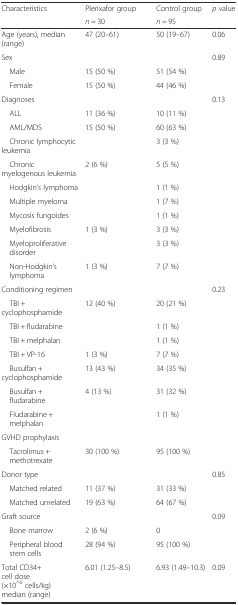
| <ROWSPAN=2> Characteristics | Plerixafor group | Control group | <ROWSPAN=2> p value |
 | n = 30 | n = 95 |
 | --- | --- | --- | --- |
 | Age (years), median (range) | 47 (20–61) | 50 (19–67) | 0.06 |
 | <COLSPAN=3> Sex | 0.89 |
 | Male | 15 (50 %) | 51 (54 %) |  |
 | Female | 15 (50 %) | 44 (46 %) |  |
 | <COLSPAN=3> Diagnoses | 0.13 |
 | ALL | 11 (36 %) | 10 (11 %) | <ROWSPAN=10>  |
 | AML/MDS | 15 (50 %) | 60 (63 %) |
 | Chronic lymphocytic leukemia |  | 3 (3 %) |
 | Chronic myelogenous leukemia | 2 (6 %) | 5 (5 %) |
 | Hodgkin’s lymphoma |  | 1 (1 %) |
 | Multiple myeloma |  | 1 (7 %) |
 | Mycosis fungoides |  | 1 (1 %) |
 | Myelofibrosis | 1 (3 %) | 3 (3 %) |
 | Myeloproliferative disorder |  | 3 (3 %) |
 | Non-Hodgkin’s lymphoma | 1 (3 %) | 7 (7 %) |
 | <COLSPAN=3> Conditioning regimen | 0.23 |
 | TBI + cyclophosphamide | 12 (40 %) | 20 (21 %) | <ROWSPAN=7>  |
 | TBI + fludarabine |  | 1 (1 %) |
 | TBI + melphalan |  | 1 (1 %) |
 | TBI + VP-16 | 1 (3 %) | 7 (7 %) |
 | Busulfan + cyclophosphamide | 13 (43 %) | 34 (35 %) |
 | Busulfan + fludarabine | 4 (13 %) | 31 (32 %) |
 | Fludarabine + melphalan |  | 1 (1 %) |
 | <COLSPAN=4> GVHD prophylaxis |
 | Tacrolimus + methotrexate | 30 (100 %) | 95 (100 %) |  |
 | <COLSPAN=3> Donor type | 0.85 |
 | Matched related | 11 (37 %) | 31 (33 %) |  |
 | Matched unrelated | 19 (63 %) | 64 (67 %) |  |
 | <COLSPAN=3> Graft source | 0.09 |
 | Bone marrow | 2 (6 %) | 0 |  |
 | Peripheral blood stem cells | 28 (94 %) | 95 (100 %) |  |
 | Total CD34+ cell dose (×10^6 cells/kg) median (range) | 6.01 (1.25–8.5) | 6.93 (1.49–10.3) | 0.09 |